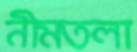
নীমতলা